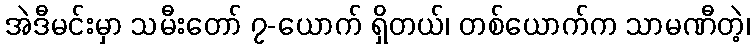
အဲဒီမင်းမှာ သမီးတော် ၇-ယောက် ရှိတယ်၊ တစ်ယောက်က သာမဏီတဲ့၊